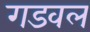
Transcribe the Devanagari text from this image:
गडवल